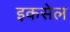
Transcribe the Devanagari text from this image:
इकसेल